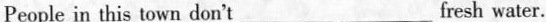
People in this town don't___ ___fresh water.